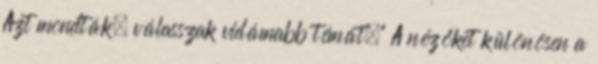
Azt mondták, válasszak vidámabb témát." A nézőket különösen a